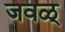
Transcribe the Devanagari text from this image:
जवळ्